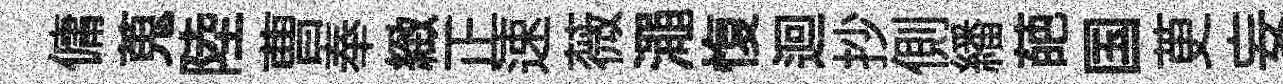
傭蒐陸曹奉緻正速薇澠愎迴抄側繙葩国茰妄